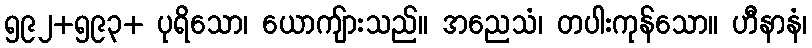
၅၉၂+၅၉၃+ ပုရိသော၊ ယောကျ်ားသည်။ အညေသံ၊ တပါးကုန်သော။ ဟီနာနံ၊